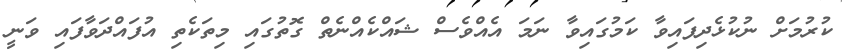
ކުރުމަށް ނުކުޅެދިފައިވާ ކަމުގައިވާ ނަމަ އެއްވެސް ޝައްކެއްނެތް ގޮތުގައި މިތަކެތި އުފައްދަވާފައި ވަނީ